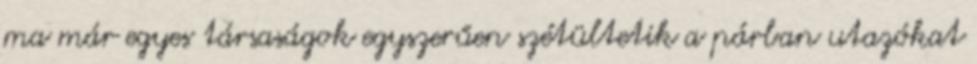
ma már egyes társaságok egyszerűen szétültetik a párban utazókat